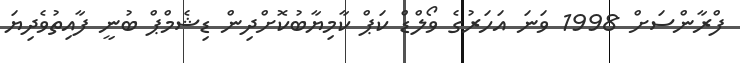
ފްރާންސަށް 1998 ވަނަ އަހަރުގެ ވޯލްޑް ކަޕް ކާމިޔާބުކޮށްދިން ޑިޝެމްޕް ބުނީ ފާއިތުވެދިޔަ